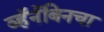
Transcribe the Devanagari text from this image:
व्हॅनॅबिनचा